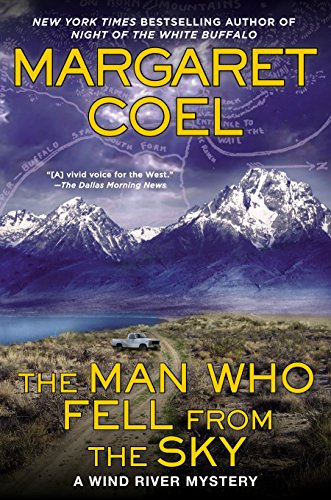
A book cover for The Man Who Fell from the Sky: A Wind River Mystery; Margaret Coel; Mystery, Thriller & Suspense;